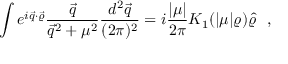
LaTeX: \int e ^ { i \vec { q } \cdot \vec { \varrho } } \frac { \vec { q } } { \vec { q } ^ { 2 } + \mu ^ { 2 } } \frac { d ^ { 2 } \vec { q } } { ( 2 \pi ) ^ { 2 } } = i \frac { | \mu | } { 2 \pi } K _ { 1 } ( | \mu | \varrho ) \hat { \varrho } ~ ~ ,